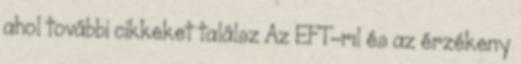
ahol további cikkeket találsz Az EFT-rıl és az érzékeny